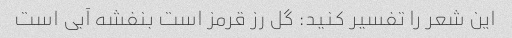
این شعر را تفسیر کنید: گل رز قرمز است بنفشه آبی است